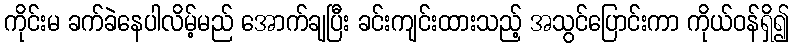
ကိုင်းမ ခက်ခဲနေပါလိမ့်မည် အောက်ချပြီး ခင်းကျင်းထားသည့် အသွင်ပြောင်းကာ ကိုယ်ဝန်ရှိ၍